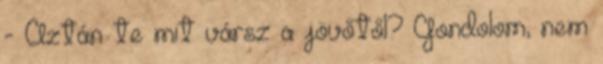
- Aztán te mit vársz a jövőtől? Gondolom, nem